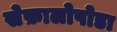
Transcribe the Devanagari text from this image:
सेफ़ालोपोडा